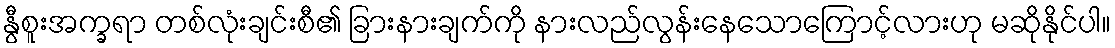
နွီစူးအက္ခရာ တစ်လုံးချင်းစီ၏ ခြားနားချက်ကို နားလည်လွန်းနေသောကြောင့်လားဟု မဆိုနိုင်ပါ။